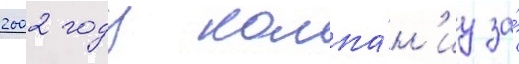
2002 году компа́н'иу за́